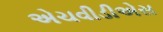
એચવીડીએસ